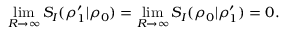
\operatorname* { l i m } _ { R \rightarrow \infty } S _ { I } ( \rho _ { 1 } ^ { \prime } | \rho _ { 0 } ) = \operatorname* { l i m } _ { R \rightarrow \infty } S _ { I } ( \rho _ { 0 } | \rho _ { 1 } ^ { \prime } ) = 0 .